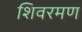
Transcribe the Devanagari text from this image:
शिवरमण